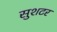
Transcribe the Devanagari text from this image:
सुशटर